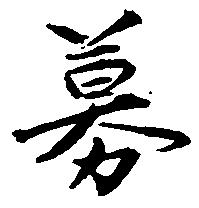
募